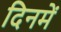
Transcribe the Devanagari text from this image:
दिनमें